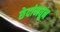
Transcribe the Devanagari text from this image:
छेदांमधून